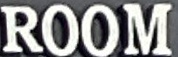
ROOM